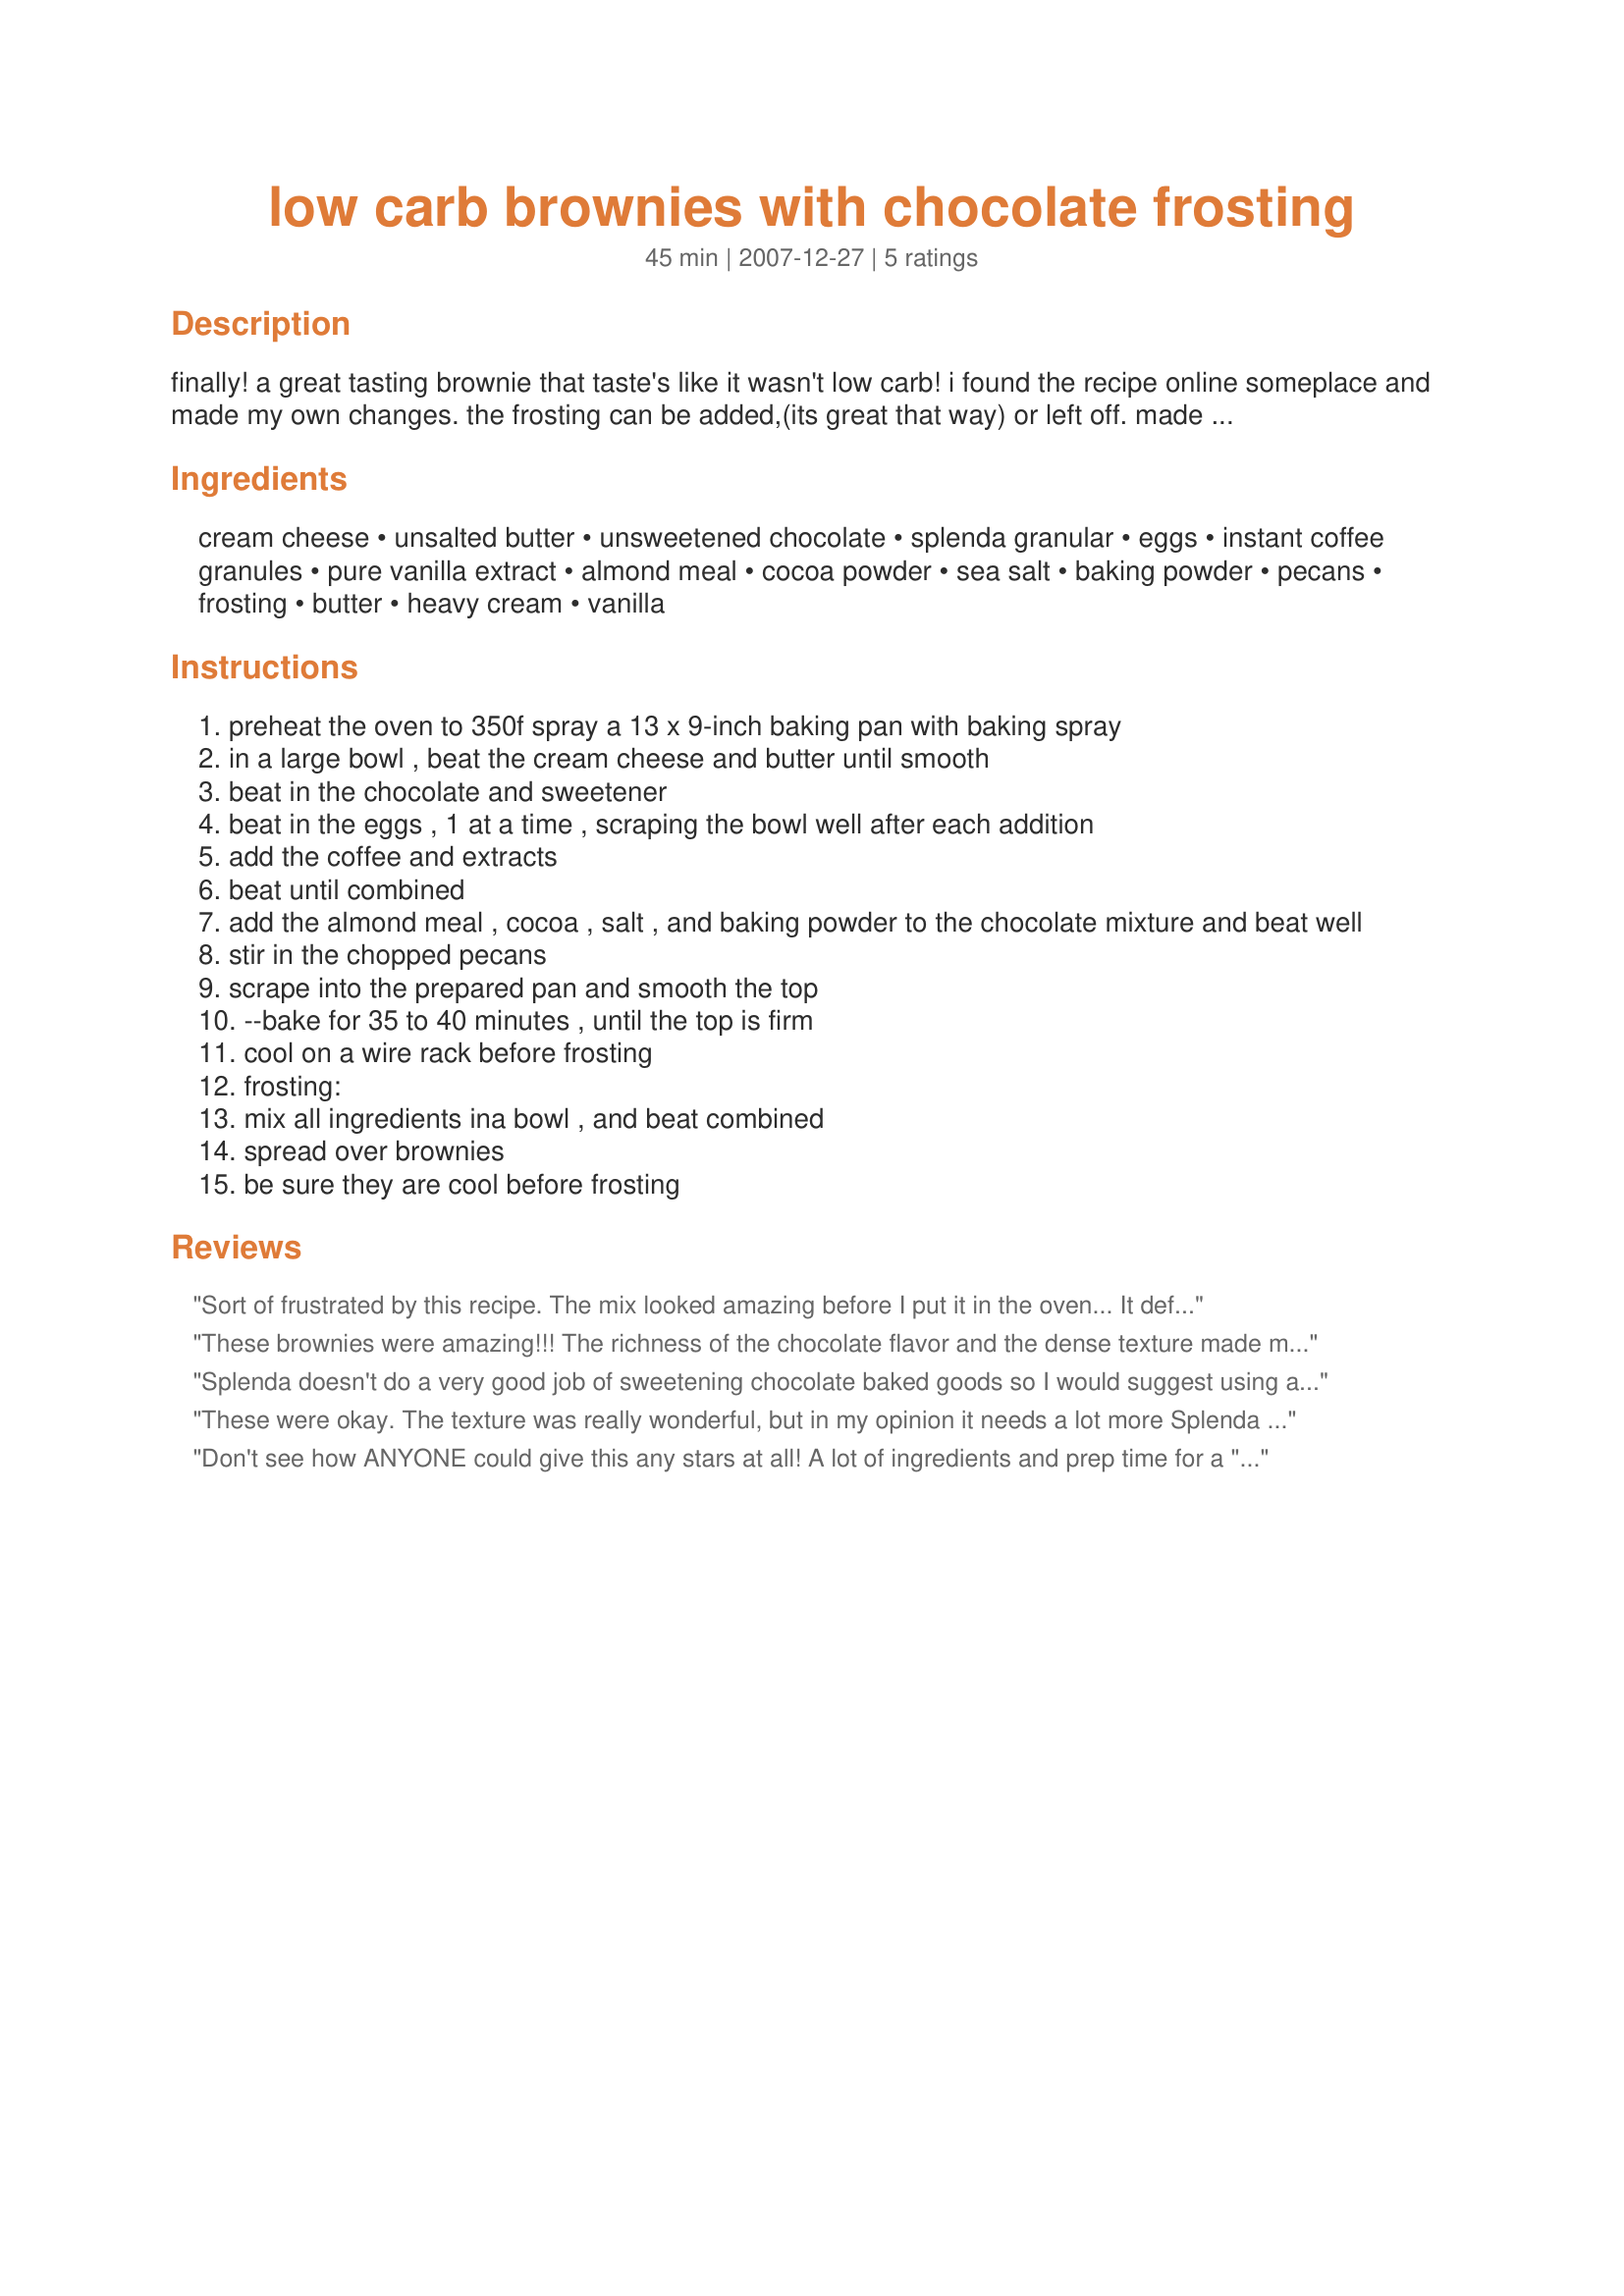
low carb brownies with chocolate frosting
Preparation time: 45 minutes

finally! a great tasting brownie that taste's like it wasn't low carb! i found the recipe online someplace and made my own changes. the frosting can be added,(its great that way) or left off. made with almond flour.it keeps really great in the frig, also.

Ingredients:
cream cheese, unsalted butter, unsweetened chocolate, splenda granular, eggs, instant coffee granules, pure vanilla extract, almond meal, cocoa powder, sea salt, baking powder, pecans, frosting, butter, heavy cream, vanilla

Steps:
preheat the oven to 350f spray a 13 x 9-inch baking pan with baking spray
in a large bowl , beat the cream cheese and butter until smooth
beat in the chocolate and sweetener
beat in the eggs , 1 at a time , scraping the bowl well after each addition
add the coffee and extracts
beat until combined
add the almond meal , cocoa , salt , and baking powder to the chocolate mixture and beat well
stir in the chopped pecans
scrape into the prepared pan and smooth the top
--bake for 35 to 40 minutes , until the top is firm
cool on a wire rack before frosting
frosting:
mix all ingredients ina bowl , and beat combined
spread over brownies
be sure they are cool before frosting

Reviews:
Sort of frustrated by this recipe. The mix looked amazing before I put it in the oven... It definitely is not sweet enough for one (I even put some truvia in the supplement the splenda and it came out very bitter). For another, it becomes very dry and crumbly when baked. Almost like it it's lacking a binding agent or something. Not a brownie or cake like texture. Maybe next time I'll try adding some heavy cream and a different sweetener to see if that helps.
These brownies were amazing!!! The richness of the chocolate flavor and the dense texture made me not miss the flour at all. Make sure to use the recommended pan size because these brownies are easily 1 inch tall. Also, do wait for them to cool completely before serving. These were spectacular! I added 1 tablespoon of oil and 1/4 cup of Clabber Girl Sugar Replacer for Baking to the recipe but I'm not really sure it needed it. My quest for the perfect low carb brownie has ended. Thanks so much for sharing.
Splenda doesn't do a very good job of sweetening chocolate baked goods so I would suggest using a different sweetener. A blend of powdered erythritol and stevia would work. Or a blend of erythritol, splenda and stevia. I find blending sweeteners works well.
These were okay. The texture was really wonderful, but in my opinion it needs a lot more Splenda to taste good.
Don't see how ANYONE could give this any stars at all! A lot of ingredients and prep time for a "brownie" that tasted like someone had vacuumed up a bunch of cocoa powder and Splenda, emptied the bag into a bowl, combined it with some liquid and baked it. Yuck!!! The aftertaste of the Splenda was awful as well. Very bitter, dry and crumbly.
